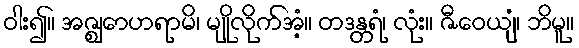
ဝါး၍။ အဇ္ဈောဟရာမိ၊ မျိုလိုက်အံ့။ တဒန္တရံ၊ လုံး။ ဇီဝေယျံ၊ ဘိမူ။